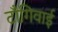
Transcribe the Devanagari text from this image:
टाँगिवाई